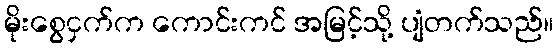
မိုးစွေငှက်က ကောင်းကင် အမြင့်သို့ ပျံတက်သည်။